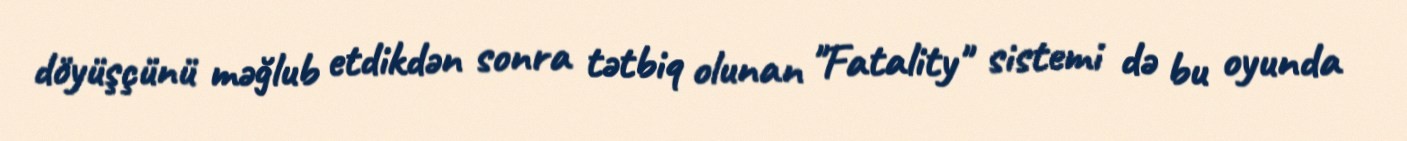
döyüşçünü məğlub etdikdən sonra tətbiq olunan "Fatality" sistemi də bu oyunda